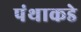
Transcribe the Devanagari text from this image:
पंथाकडे